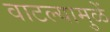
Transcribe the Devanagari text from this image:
वाटल्यामुळें